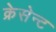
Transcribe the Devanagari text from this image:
क्रेसेन्ट